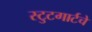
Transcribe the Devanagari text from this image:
स्टुटगार्टचे